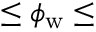
\leq \phi _ { \mathrm { w } } \leq